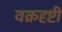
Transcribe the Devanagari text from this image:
वक्रदृष्टी